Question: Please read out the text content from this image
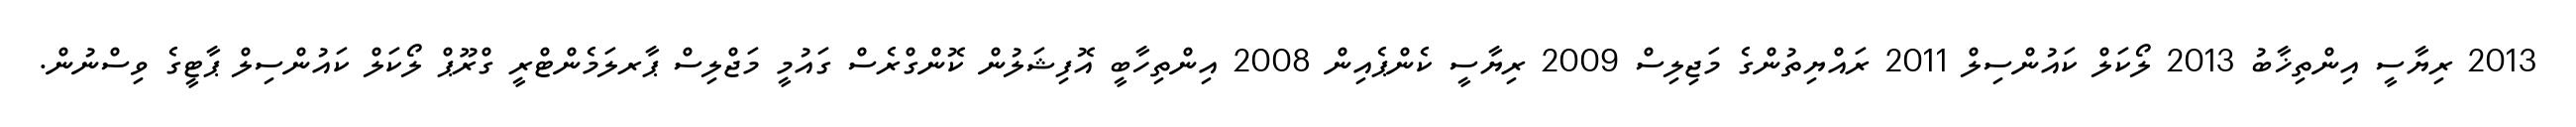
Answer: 2013 ރިޔާސީ އިންތިޚާބު 2013 ލޯކަލް ކައުންސިލް 2011 ރައްޔިތުންގެ މަޖިލިސް 2009 ރިޔާސީ ކެންޕެއިން 2008 އިންތިހާބީ އޮފިޝަލުން ކޮންގްރެސް ގައުމީ މަޖްލިސް ޕާރލަމެންޓްރީ ގްރޫޕް ލޯކަލް ކައުންސިލް ޕާޓީގެ ވިސްނުން.